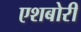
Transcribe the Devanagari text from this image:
एशबोरी